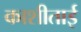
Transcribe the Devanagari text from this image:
काशीताई